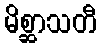
မိစ္ဆာသတီ